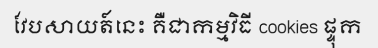
វែបសាយត៍នេះ គឺជាកម្មវិធី cookies ផ្ទុក